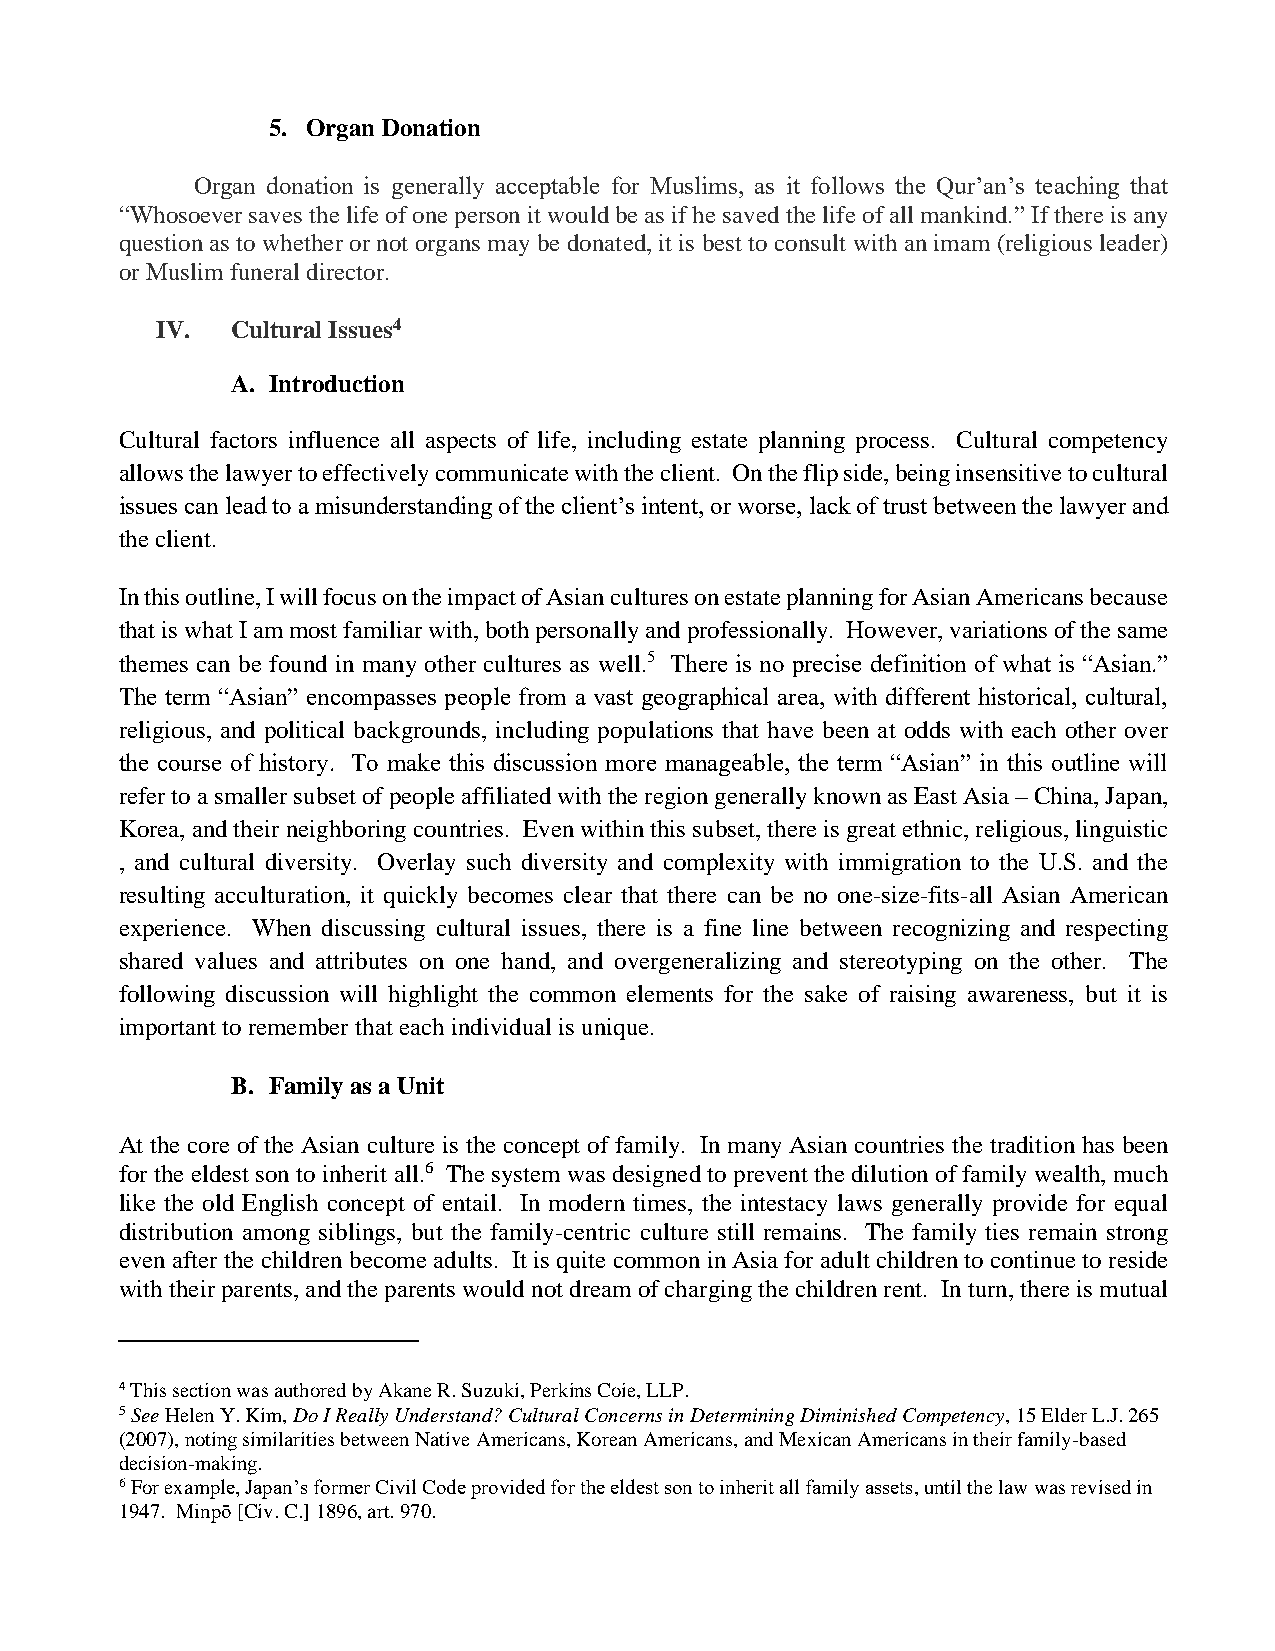
5. Organ Donation
 Organ donation is generally acceptable for Muslims, as it follows the Qur’an’s teaching that
 “Whosoever saves the life of one person it would be as if he saved the life of all mankind.” If there is any
 question as to whether or not organs may be donated, it is best to consult with an imam (religious leader)
 or Muslim funeral director.
 IV.  Cultural Issues4
 A. Introduction
 Cultural factors influence all aspects of life, including estate planning process. Cultural competency
 allows the lawyer to effectively communicate with the client. On the flip side, being insensitive to cultural
 issues can lead to a misunderstanding of the client’s intent, or worse, lack of trust between the lawyer and
 the client.
 In this outline, I will focus on the impact of Asian cultures on estate planning for Asian Americans because
 that is what I am most familiar with, both personally and professionally. However, variations of the same
 themes can be found in many other cultures as well.5 There is no precise definition of what is “Asian.”
 The term “Asian” encompasses people from a vast geographical area, with different historical, cultural,
 religious, and political backgrounds, including populations that have been at odds with each other over
 the course of history. To make this discussion more manageable, the term “Asian” in this outline will
 refer to a smaller subset of people affiliated with the region generally known as East Asia – China, Japan,
 Korea, and their neighboring countries. Even within this subset, there is great ethnic, religious, linguistic
 , and cultural diversity. Overlay such diversity and complexity with immigration to the U.S. and the
 resulting acculturation, it quickly becomes clear that there can be no one-size-fits-all Asian American
 experience. When discussing cultural issues, there is a fine line between recognizing and respecting
 shared values and attributes on one hand, and overgeneralizing and stereotyping on the other. The
 following discussion will highlight the common elements for the sake of raising awareness, but it is
 important to remember that each individual is unique.
 B. Family as a Unit
 At the core of the Asian culture is the concept of family. In many Asian countries the tradition has been
 for the eldest son to inherit all.6 The system was designed to prevent the dilution of family wealth, much
 like the old English concept of entail. In modern times, the intestacy laws generally provide for equal
 distribution among siblings, but the family-centric culture still remains. The family ties remain strong
 even after the children become adults. It is quite common in Asia for adult children to continue to reside
 with their parents, and the parents would not dream of charging the children rent. In turn, there is mutual
 4 This section was authored by Akane R. Suzuki, Perkins Coie, LLP.
 5 See Helen Y. Kim, Do I Really Understand? Cultural Concerns in Determining Diminished Competency, 15 Elder L.J. 265
 (2007), noting similarities between Native Americans, Korean Americans, and Mexican Americans in their family-based
 decision-making.
 6 For example, Japan’s former Civil Code provided for the eldest son to inherit all family assets, until the law was revised in
 1947. Minpō [Civ. C.] 1896, art. 970.